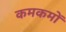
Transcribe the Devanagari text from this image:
कमकमों